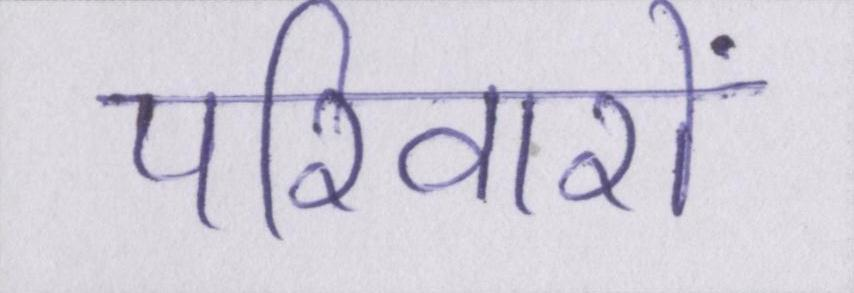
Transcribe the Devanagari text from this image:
परिवारों